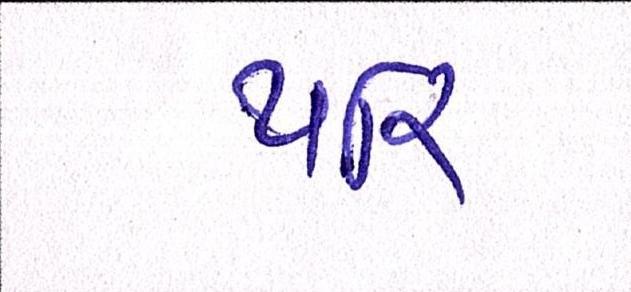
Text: પરિ